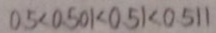
0 . 5 < 0 . 5 0 1 < 0 . 5 1 < 0 . 5 1 1